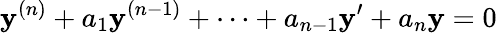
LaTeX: \mathbf{y}^{(n)}+a_{1}\mathbf{y}^{(n-1)}+\cdots+a_{n-1}\mathbf{y}^{\prime}+a_{n}\mathbf{y}=0